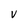
Character: v